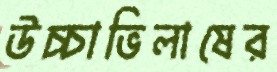
উচ্চাভিলাষের